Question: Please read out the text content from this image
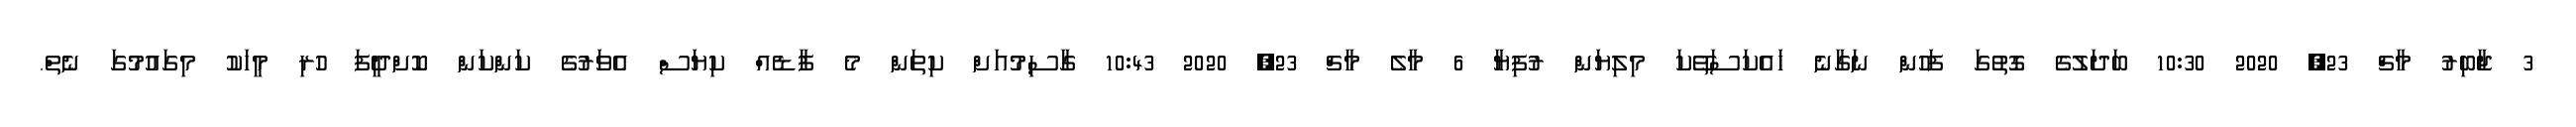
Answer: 3 ޖާބިރު މާޗް 23, 2020 10:30 ބަދަލުގެ ގޮތުގަ ފަހުން ނަގާނެ ހައެކަސަތޭކަ މިލިޔަން ރުފިޔާ 6 މާލެ މާޗް 23, 2020 10:43 ގާސިމުއަށް ކިތަން މެ ފާޑެއް ކިޔަސް އެވަރުގެ ކަންކަން ކޮށްދީފަ ހުރި މީހަކު މިގައުމުގަ ނެތް.